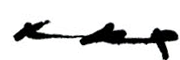
xxx